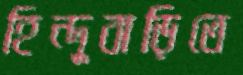
হিন্দুবাড়িতে